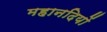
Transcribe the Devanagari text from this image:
महानदियों